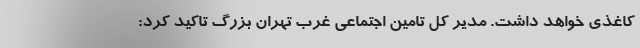
کاغذی خواهد داشت. مدیر کل تامین اجتماعی غرب تهران بزرگ تاکید کرد: